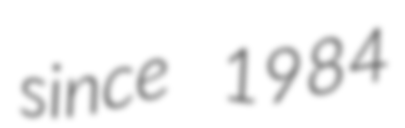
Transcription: since 1984